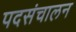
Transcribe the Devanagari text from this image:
पदसंचालन